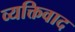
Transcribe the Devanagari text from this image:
व्‍यक्तिवाद